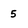
Character: 5